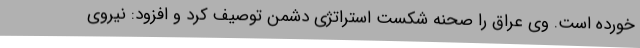
خورده است. وی عراق را صحنه شکست استراتژی دشمن توصیف کرد و افزود: نیروی